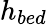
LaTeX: h_{bed}